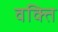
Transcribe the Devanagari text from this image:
वक्ति